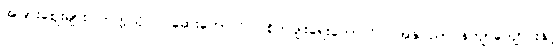
အခြားဈေးများ၊ တက္ကသိုလ်၊ ဆေးကောလိပ်၊ စိုက်ပျိုးရေးကောလိပ်၊ အနုပညာပန်တျာကျောင်းနှင့်